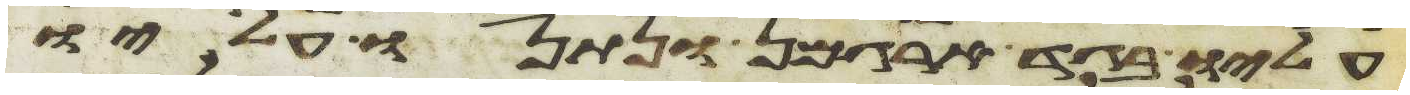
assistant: עליו בגד ארגמן ונתנו עליו